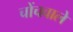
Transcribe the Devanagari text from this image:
चोंचवाले